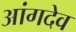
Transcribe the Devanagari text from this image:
आंगदेव